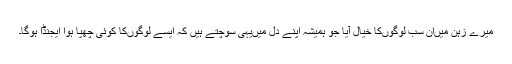
میرے زہن میں‌ان سب لوگوں‌کا خیال آیا جو ہمیشہ اپنے دل میں‌یہی سوچتے ہیں کہ ایسے لوگوں‌کا کوئی چھپا ہوا ایجنڈا ہوگا۔